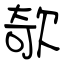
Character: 欹